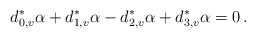
\begin{align*} d_{0,v}^*\alpha +d_{1,v}^*\alpha -d_{2,v}^*\alpha + d_{3,v}^*\alpha = 0\,. \end{align*}